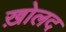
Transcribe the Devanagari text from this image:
ख़ोलद